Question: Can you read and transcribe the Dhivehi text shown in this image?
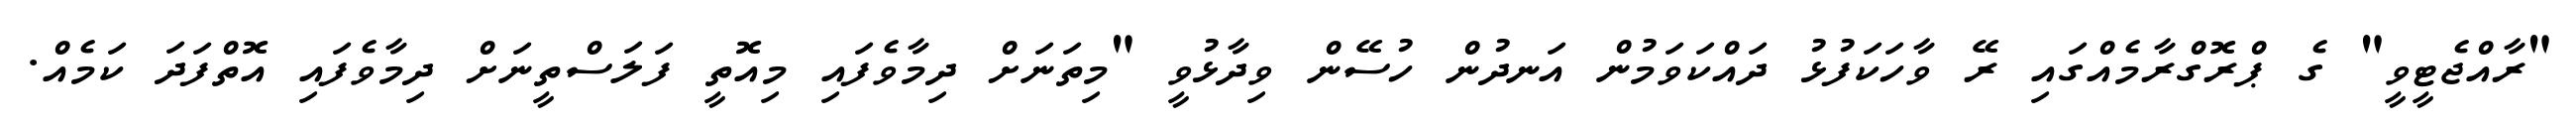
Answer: "ރާއްޖެޓީވީ" ގެ ޕްރޮގްރާމެއްގައި ރޭ ވާހަކަފުޅު ދައްކަވަމުން އަނދުން ހުސޭން ވިދާޅުވީ "މިތަނަށް ދިމާވެފައި މިއޮތީ ފަލަސްތީނަށް ދިމާވެފައި އޮތްފަދަ ކަމެއް.